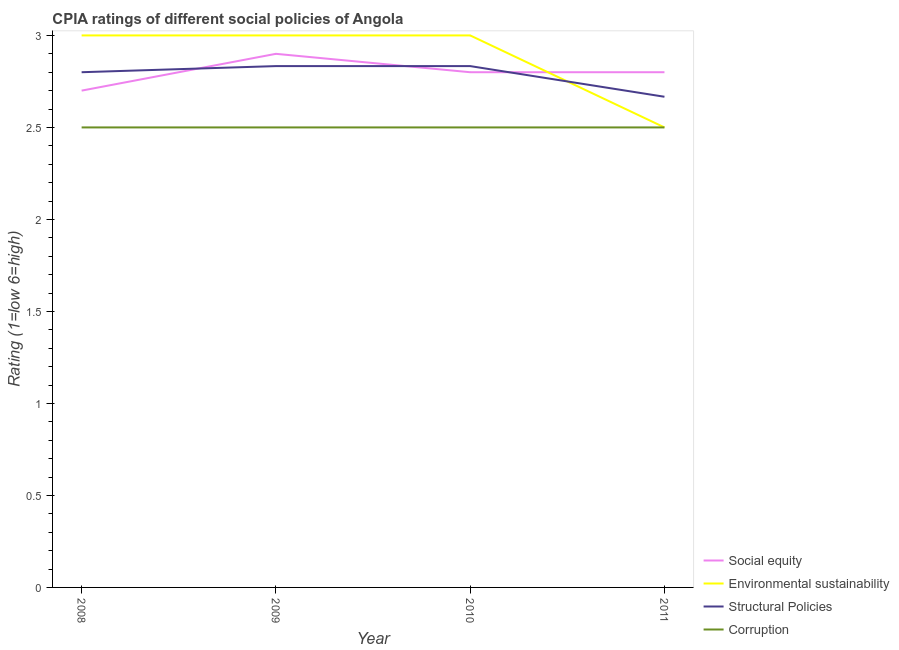
| Year | Social equity | Environmental sustainability | Structural Policies | Corruption |
 | --- | --- | --- | --- | --- |
 | 2008 | 2.7 | 3 | 2.8 | 2.5 |
 | 2009 | 2.9 | 3 | 2.83 | 2.5 |
 | 2010 | 2.8 | 3 | 2.83 | 2.5 |
 | 2011 | 2.8 | 2.5 | 2.67 | 2.5 |